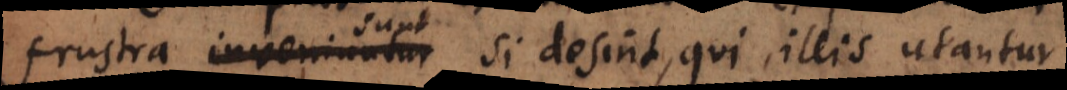
frustra inveniuntur si desint, qui illis utantur.